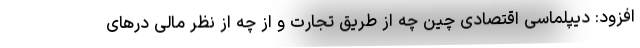
افزود: دیپلماسی اقتصادی چین چه از طریق تجارت و از چه از نظر مالی درهای